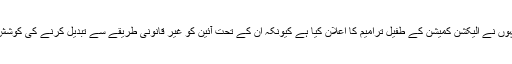
اور اس لیے انہوں نے الیکشن کمیشن کے طفیل ترامیم کا اعلان کیا ہے کیونکہ ان کے تحت آئین کو غیر قانونی طریقے سے تبدیل کرنے کی کوشش کی گئی ہے۔